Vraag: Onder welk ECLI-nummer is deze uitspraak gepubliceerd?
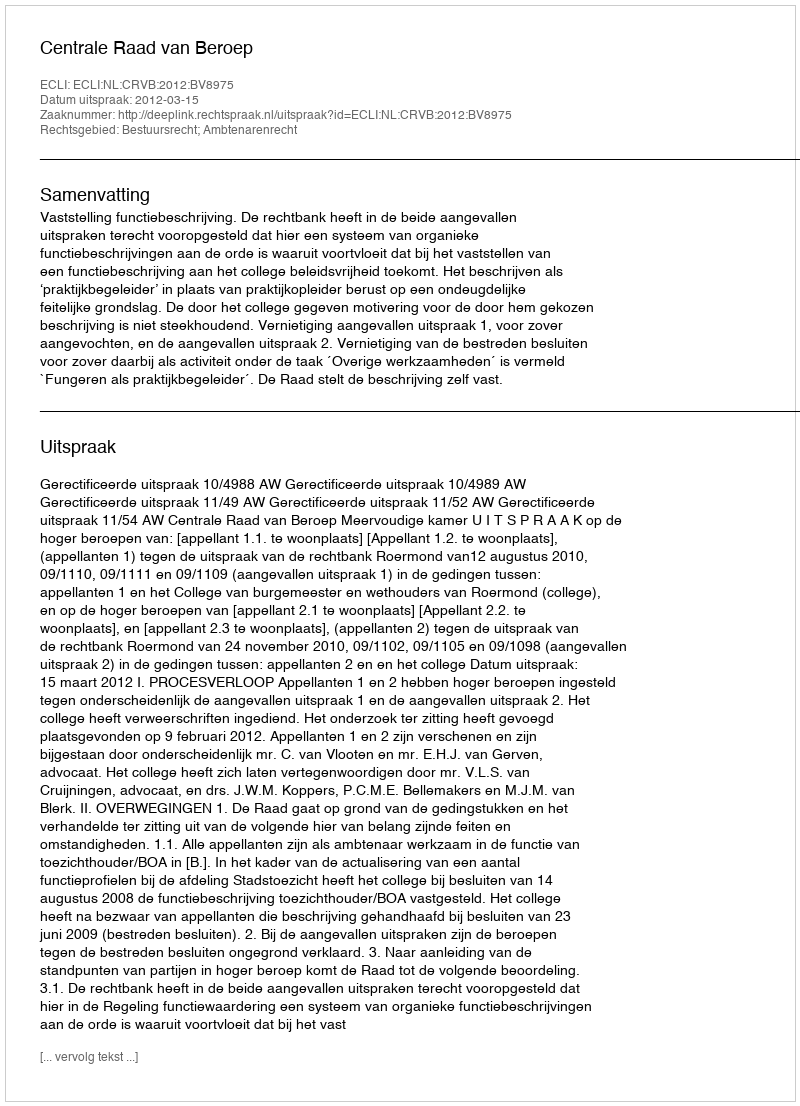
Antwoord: ECLI:NL:CRVB:2012:BV8975